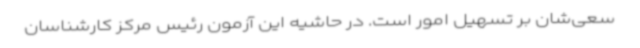
سعی‌شان بر تسهیل امور است. در حاشیه این آزمون رئیس مرکز کارشناسان